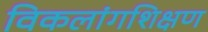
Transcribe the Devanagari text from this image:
विकलांगशिक्षण